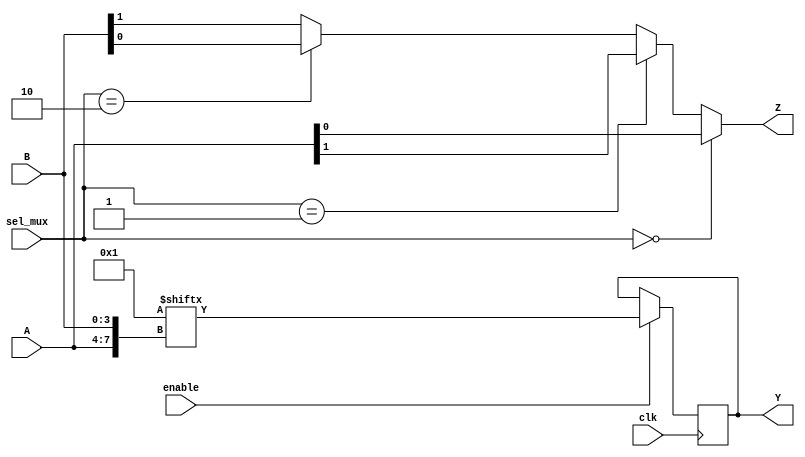
module CLB (
    input wire [3:0] A,          // 4-bit input for LUT
    input wire [3:0] B,          // 4-bit input for LUT
    input wire [1:0] sel_mux,    // MUX select signal
    input wire clk,              // Clock signal for registers
    input wire enable,           // Enable signal
    output wire Y,               // Output from LUT
    output wire Z                // Output from MUX
);

    // Lookup Table (LUT) - 4-input LUT
    reg [15:0] lut;              // 16 possible combinations for 4 inputs
    wire lut_out;

    // Initialize LUT with a sample truth table (example: AND function)
    initial begin
        lut = 16'b0000000000000000; // Default: all outputs 0
        lut[0] = 1;  // A=0, B=0 -> Y=1
        lut[1] = 0;  // A=0, B=1 -> Y=0
        lut[2] = 0;  // A=1, B=0 -> Y=0
        lut[3] = 0;  // A=1, B=1 -> Y=0
        // ... (fill in the rest of the truth table as needed)
    end

    // LUT output logic
    assign lut_out = lut[{A, B}]; // Concatenate A and B to index LUT

    // Register to store intermediate value
    reg reg_out;
    always @(posedge clk) begin
        if (enable) begin
            reg_out <= lut_out; // Store LUT output in register
        end
    end

    // MUX logic
    wire mux_out;
    assign mux_out = (sel_mux == 2'b00) ? A[0] :
                     (sel_mux == 2'b01) ? A[1] :
                     (sel_mux == 2'b10) ? B[0] :
                     B[1]; // Select between inputs A and B

    // Output assignments
    assign Y = reg_out; // Output from register
    assign Z = mux_out; // Output from MUX

endmodule